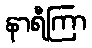
နာရီကြာ